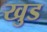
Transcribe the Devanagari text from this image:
खुड